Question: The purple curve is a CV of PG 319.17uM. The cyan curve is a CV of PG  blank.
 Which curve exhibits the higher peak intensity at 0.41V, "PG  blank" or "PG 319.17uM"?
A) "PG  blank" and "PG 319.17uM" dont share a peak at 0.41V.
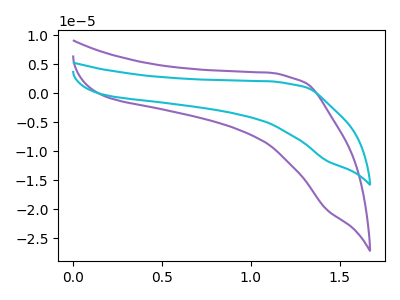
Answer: <think>The purple curve "PG 319.17uM" has no peaks. The cyan curve "PG  blank" has no peaks.</think>
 <answer>A) "PG  blank" and "PG 319.17uM" dont share a peak at 0.41V.</answer>
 <eval>A</eval>